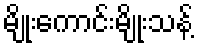
မျိုးကောင်းမျိုးသန့်